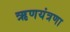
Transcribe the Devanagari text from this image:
ऋणयंत्रणा